Civil Veterinary Department. Central Provinces & Berar 1932-41 - 1932-1941
Year: 1932
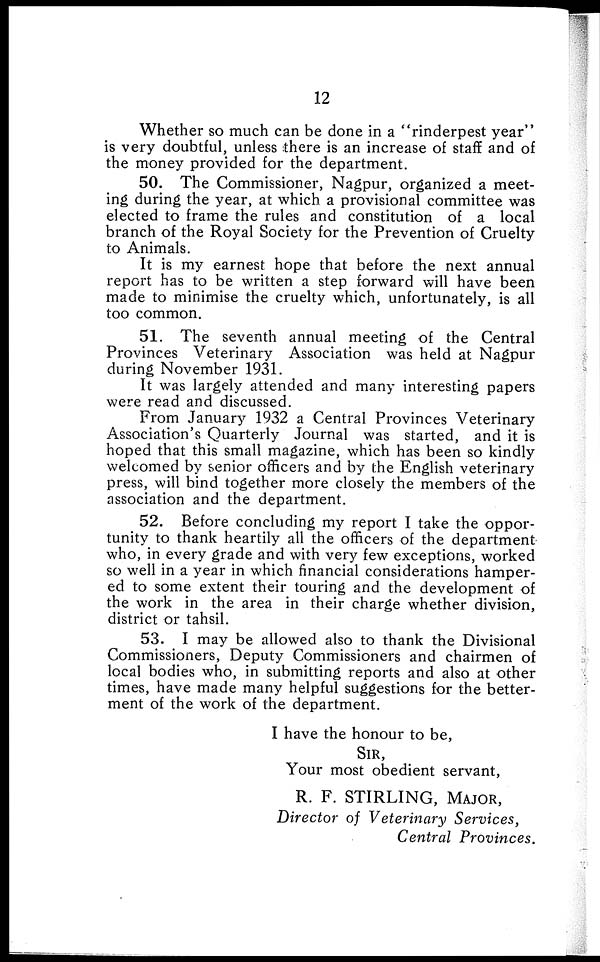
12
Whether so much can be done in a "rinderpest year"
is very doubtful, unless there is an increase of staff and of
the money provided for the department.
50. The Commissioner, Nagpur, organized a meet-
ing during the year, at which a provisional committee was
elected to frame the rules and constitution of a local
branch of the Royal Society for the Prevention of Cruelty
to Animals.
It is my earnest hope that before the next annual
report has to be written a step forward will have been
made to minimise the cruelty which, unfortunately, is all
too common.
51. The seventh annual meeting of the Central
Provinces Veterinary Association was held at Nagpur
during November 1931.
It was largely attended and many interesting papers
were read and discussed.
From January 1932 a Central Provinces Veterinary
Association's Quarterly Journal was started, and it is
hoped that this small magazine, which has been so kindly
welcomed by senior officers and by the English veterinary
press, will bind together more closely the members of the
association and the department.
52. Before concluding my report I take the oppor-
tunity to thank heartily all the officers of the department
who, in every grade and with very few exceptions, worked
so well in a year in which financial considerations hamper-
ed to some extent their touring and the development of
the work in the area in their charge whether division,
district or tahsil.
53. I may be allowed also to thank the Divisional
Commissioners, Deputy Commissioners and chairmen of
local bodies who, in submitting reports and also at other
times, have made many helpful suggestions for the better-
ment of the work of the department.
I have the honour to be,
SIR,
Your most obedient servant,
R. F. STIRLING, MAJOR,
Director of Veterinary Services,
Central Provinces.